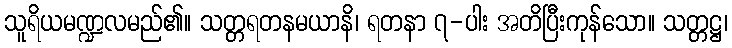
သူရိယမဏ္ဍလမည်၏။ သတ္တရတနမယာနိ၊ ရတနာ ၇-ပါး အတိပြီးကုန်သော။ သတ္တဋ္ဌ၊